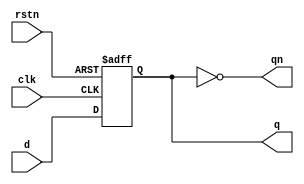
module dff (
    input d,  
    input clk,  
    input rstn,  
    output reg q,  
    output qn);  

    always @ (posedge clk or negedge rstn)  
      if (!rstn) q <= 0;  
      else q <= d;  
    assign qn = ~q;  
endmodule  

module fsm (
    input clk,  
    input rstn, 
    input x, 
    output out);  

    
    wire  q2, q_bar2;
    wire  q1, q_bar1;
    wire  q0, q_bar0; 
    wire yy,yy_bar;
    
    dff dff0 ( .d ((q1 && ~q0 && ~q2)||(~q0 && ~q1 && q2)||( x && ~q0)),  
      .clk (clk),  
      .rstn (rstn),  
      .q (q0),  
      .qn (q_bar0));  
  
    dff dff1 ( .d ((q1 && ~q0 && ~q2)||(q0 && ~q1)),  
      .clk (clk),  
      .rstn (rstn),  
      .q (q1),  
      .qn (q_bar1)); 
    
    dff dff2 ( .d ((q2 && ~q1)|| (q1 && q0)),  
      .clk (clk),  
      .rstn (rstn),  
      .q (q2),  
      .qn (q_bar2));  
    assign out =(~q2 && q1) || (q2 && q0);
   
endmodule